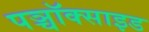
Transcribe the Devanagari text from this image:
पञ्चॉक्साइड